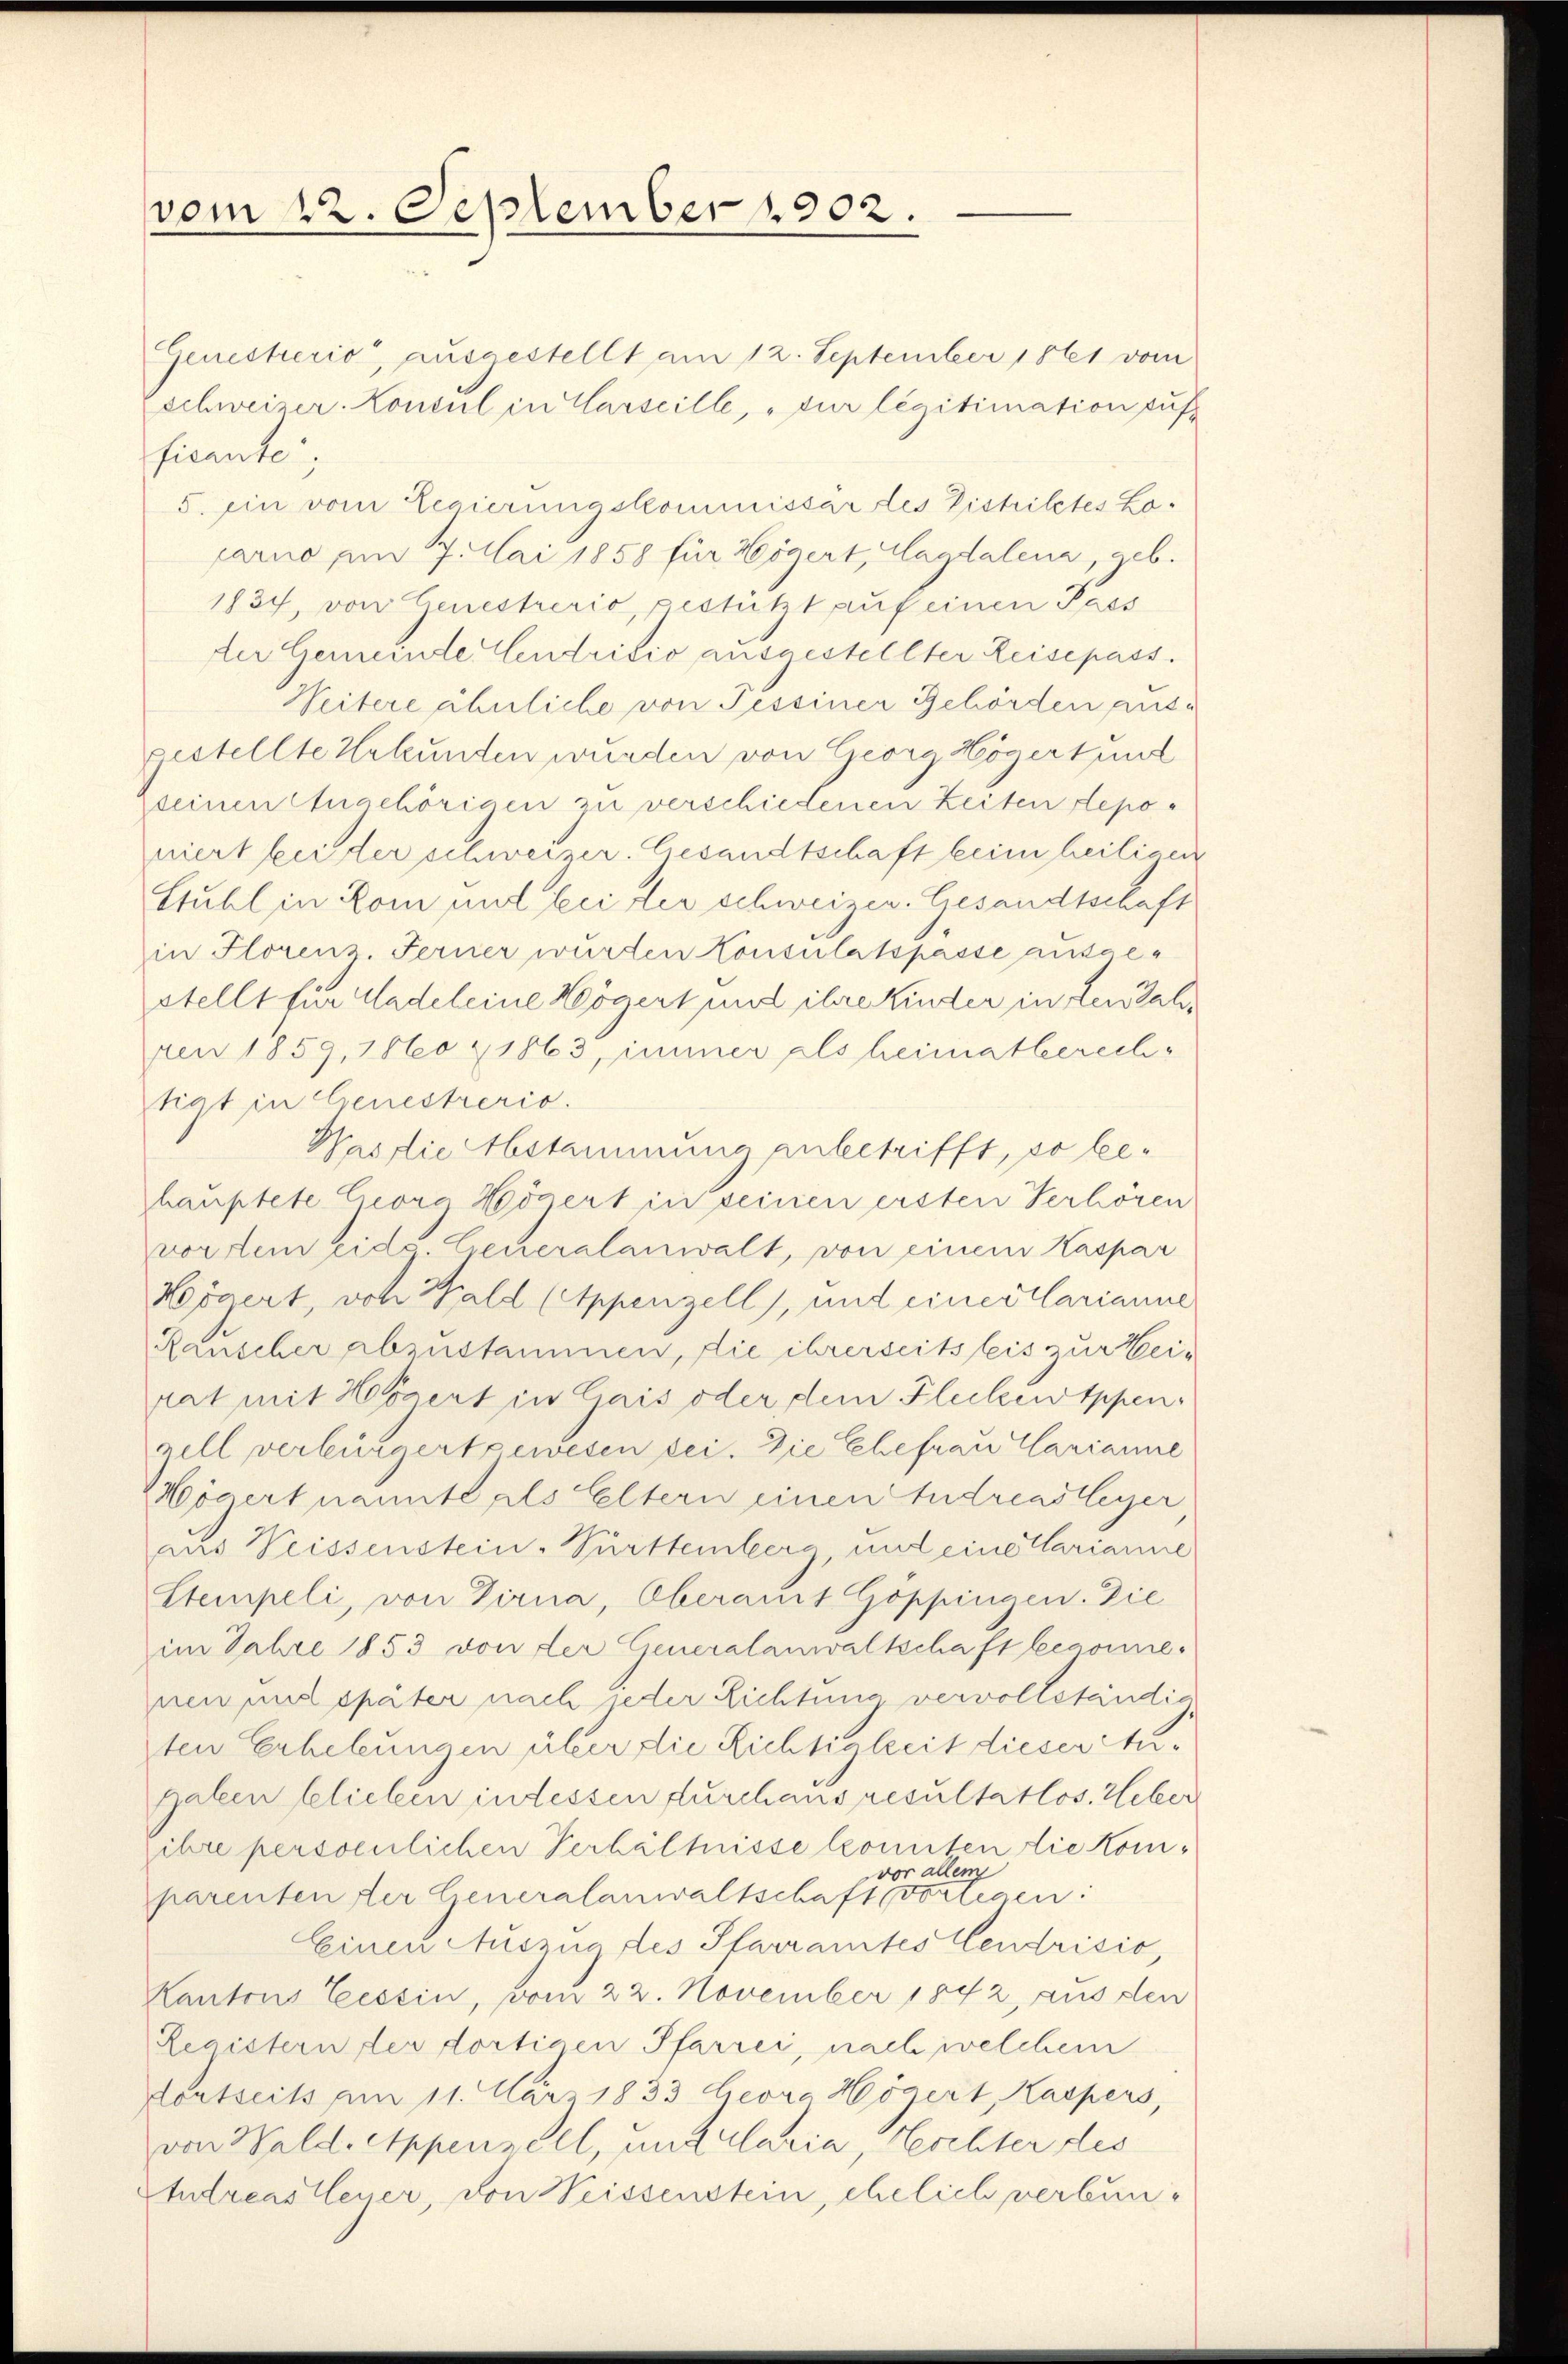
vom 22. September 1902.

Genesterio, ausgestellt am 12. September 1861 vom
schweizer. Konsul in Carseille, sur légitimation suf
ficante
5. Ein vom Regierungskommissär des Distriktes Locarno am 7. Mai 1858 für Högert, Magdalena, geb.
1834, von Genestrerio, gestützt auf einen Pass
der Gemeinde Andridio ausgestellter Leisepass.
Weitere ähnliche von Tessiner Behörden ausgestellte Urkunden wurden von Georg Högert und
seinen Chachörigen zu verschiedenen Zeiten deponiert bei der schweizer. Gesandtschaft beim heiligen
Stuhl in Rom und bei der schweizen. Gesandtschaft
in Florenz. Ferner würten Konsulatspasse ausgestellt für Nadeleine Högert und ihre Kinder in den Jahren 1859, 1860 & 1863, immer als heimatberechtigt in Genestrerio.
Was die Abstammung anbetrifft, so lehauptete Ceorg Högert in seinen ersten Verhören
vor dem eidg. Generalanwalt, von einem Kaspar
Nojaert, von Wald (Appenzell), und einer Clarianne
Rauscher abzustammen, die ihrerseits leis zur Weirat mit Högert in Gais oder dem Flecken Appen
zell verbürgert gewesen sei. Die Ehefrau Carianne
ögert nannte als Eltern einen Andreastleger
aus Weissenstein-Sürttemberg, mit eine Marianne
Stempeli, von Dirna, Oberamt Göppingen. Die
im Jahre 1853 von der Generalanwaltschaft begonne-
nen und später nach jeder Richtung vervollständig
ten Erhebungen über die Richtigkeit dieser Angaben belieben in dessen durchaus resultatlos. Heber
ihre persoenlichen Verhältnisse konnten die Komvor allem
parenten der Generalanwaltschaft vorlegen:
Einen Auszug des Pfarramtes Cendrisio,
Kantons Tessin, vom 22. November 1842, aus den
Registern der dortigen Pfarrei, nach welchem
dortseits am 11. März 1833 Georg Högert, Kaspers,
von Wald. Appenzell, und claria, Tochter des
Studreas teuer, von Weissenstein, ehelich verbun¬